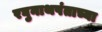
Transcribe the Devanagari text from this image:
रघुनाथपंताच्या